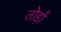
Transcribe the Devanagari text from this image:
तोड़ों